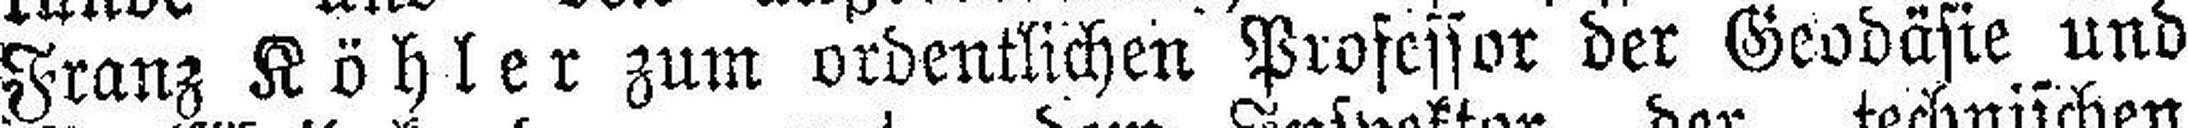
Franz Köhler zum ordentlichen Professor der Geodäsie und